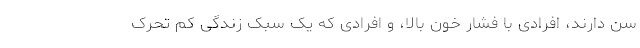
سن دارند، افرادی با فشار خون بالا، و افرادی که یک سبک زندگی کم تحرک